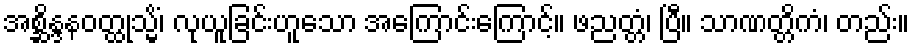
အစ္ဆိန္ဒနဝတ္ထုသ္မိံ၊ လုယူခြင်းဟူသော အကြောင်းကြောင့်။ ဖညတ္တံ၊ ပြီ။ သာဏတ္တိကံ၊ တည်း။